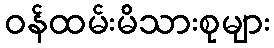
ဝန်ထမ်းမိသားစုများ